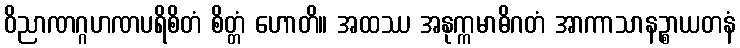
ဝိညာဏဂ္ဂဟဏပရိစိတံ စိတ္တံ ဟောတိ။ အထဿ အနုက္ကမာဓိဂတံ အာကာသာနဉ္စာယတနံ